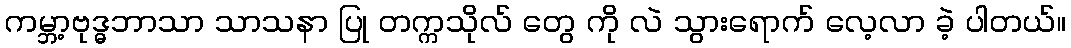
ကမ္ဘာ့ဗုဒ္ဓဘာသာ သာသနာ ပြု တက္ကသိုလ် တွေ ကို လဲ သွားရောက် လေ့လာ ခဲ့ ပါတယ်။